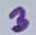
Text: 3